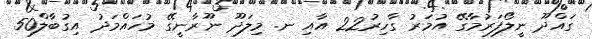
ގައްދޫ ނީލޯފަރުމާގޭ އުމަރު ގާހިރު22 އާއި ނ. މިލަދޫ ނޫރާނީގޭ މުހައްމަދު އިގުބާލް50